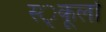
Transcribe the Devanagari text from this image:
स्‍्कूलों